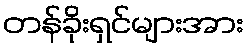
တန်ခိုးရှင်များအား